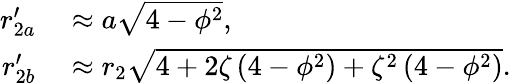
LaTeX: \begin{array}{rl}{r_{2a}^{\prime}}&{{}\approx a\sqrt{4-\phi^{2}},}\\ {r_{2b}^{\prime}}&{{}\approx r_{2}\sqrt{4+2\zeta\left(4-\phi^{2}\right)+\zeta^{2}\left(4-\phi^{2}\right)}.}\end{array}